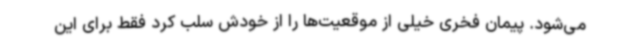
می‌شود. پیمان فخری خیلی از موقعیت‌ها را از خودش سلب کرد فقط برای این